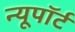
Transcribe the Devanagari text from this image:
न्यूपाॅर्ट